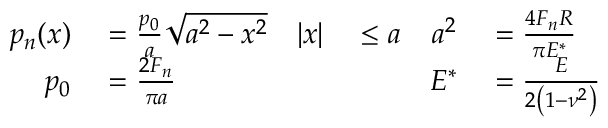
\begin{array} { r l r l r l r } { p _ { n } ( x ) } & { { } = { \frac { p _ { 0 } } { a } } { \sqrt { a ^ { 2 } - x ^ { 2 } } } } & { | x | } & { { } \leq a } & { a ^ { 2 } } & { { } = { \frac { 4 F _ { n } R } { \pi E ^ { * } } } } \\ { p _ { 0 } } & { { } = { \frac { 2 F _ { n } } { \pi a } } } & { } & { { } } & { E ^ { * } } & { { } = { \frac { E } { 2 \left( 1 - \nu ^ { 2 } \right) } } } & { } \end{array}